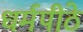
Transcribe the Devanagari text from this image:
धर्मपीठे